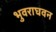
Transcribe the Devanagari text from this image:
भुवराघवन